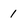
Character: 1